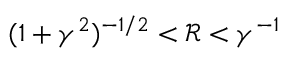
( 1 + \gamma ^ { 2 } ) ^ { - 1 / 2 } < \mathcal R < \gamma ^ { - 1 }